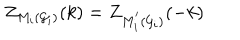
Z _ { M _ { i } ( { \cal G } _ { i } { \cal ) } } ( k ) = Z _ { M _ { i } ^ { ^ { \prime } } ( { \cal G } _ { i } { \cal ) } } ( - k )